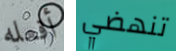
أفعله تنهضي